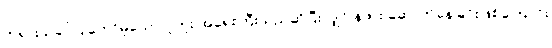
ဘုရားသခင်ပြုတော်မူသော ပူတူး အရေးကြီးသည်ဆိုပြီးလျှင် နဖား ဆောက်နေခြင်းဖြစ်ကြောင်း